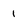
Character: 1